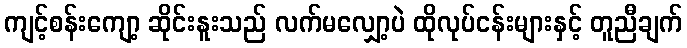
ကျင့်စန်းကျော့ ဆိုင်းနူးသည် လက်မလျှော့ပဲ ထိုလုပ်ငန်းများနှင့် တူညီချက်